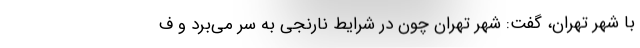
با شهر تهران، گفت: شهر تهران چون در شرایط نارنجی به سر می‌برد و ف